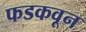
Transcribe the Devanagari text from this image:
फडकवून